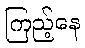
ကြည့်နေ